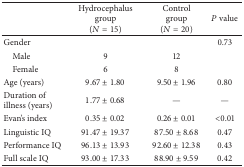
|  | Hydrocephalus group(N = 15) | Control group(N = 20) | P value |
 | --- | --- | --- | --- |
 | Gender |  |  | 0.73 |
 | Male | 9 | 12 |  |
 | Female | 6 | 8 |  |
 | Age (years) | 9.67 ± 1.80 | 9.50 ± 1.96 | 0.80 |
 | Duration of illness (years) | 1.77 ± 0.68 | — | — |
 | Evan's index | 0.35 ± 0.02 | 0.26 ± 0.01 | <0.01 |
 | Linguistic IQ | 91.47 ± 19.37 | 87.50 ± 8.68 | 0.47 |
 | Performance IQ | 96.13 ± 13.93 | 92.60 ± 12.38 | 0.43 |
 | Full scale IQ | 93.00 ± 17.33 | 88.90 ± 9.59 | 0.42 |